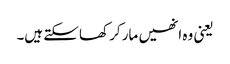
یعنی وہ انھیں مار کر کھا سکتے ہیں۔